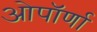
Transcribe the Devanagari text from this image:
ओपॉर्णा